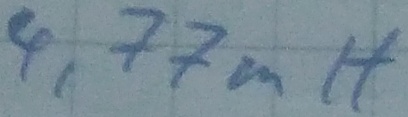
Text: 4,77mH